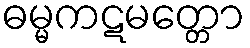
ဓမ္မကဋမတ္တော